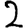
Digit: 2